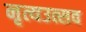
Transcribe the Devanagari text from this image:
नृत्यउत्सव